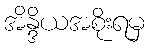
အိန္ဒိယအစိုးရမှ